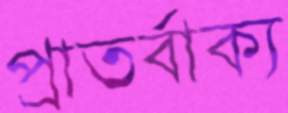
প্রাতর্বাক্য